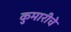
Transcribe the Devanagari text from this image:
कुमारीचे